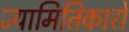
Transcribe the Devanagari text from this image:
ज्यामितिकारों